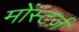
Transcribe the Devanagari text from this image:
मोंस्टर्ज़